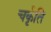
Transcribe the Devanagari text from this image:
चर्कृति